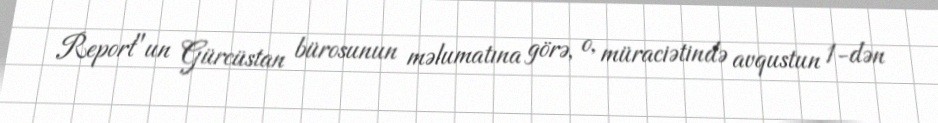
Report"un Gürcüstan bürosunun məlumatına görə, o, müraciətində avqustun 1-dən